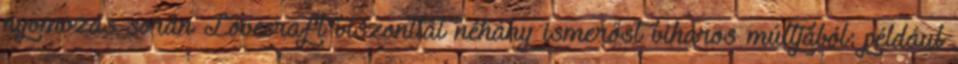
nyomozás során Lovecraft viszontlát néhány ismerőst viharos múltjából: például